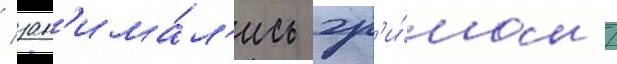
/ зан'има́л'ись гр'и́мом /